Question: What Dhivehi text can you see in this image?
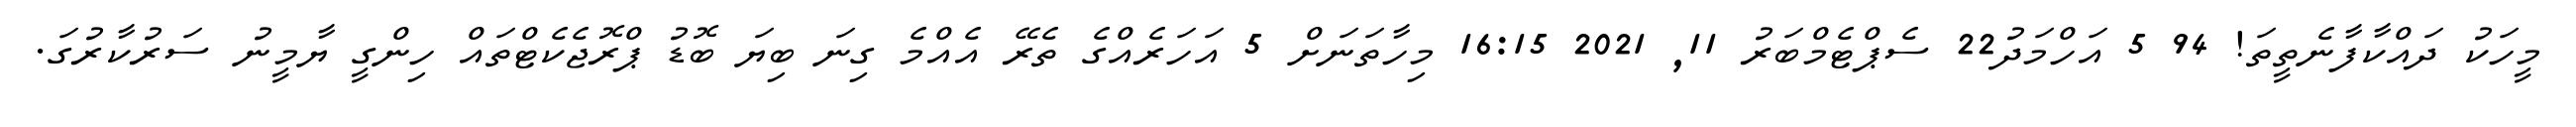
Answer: މީހަކު ދައްކާފާނެތީތަ! 94 5 އަހްމަދު22 ސެޕްޓެމްބަރު 11, 2021 16:15 މިހާތަނަށް 5 އަހަރެއްގެ ތެރޭ އެއްމެ ގިނަ ބިޔަ ބޮޑު ޕްރޮޖެކެޓްތައް ހިންގީ ޔާމީނު ސަރުކާރުގަ.